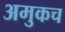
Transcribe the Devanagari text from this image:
अमुकच